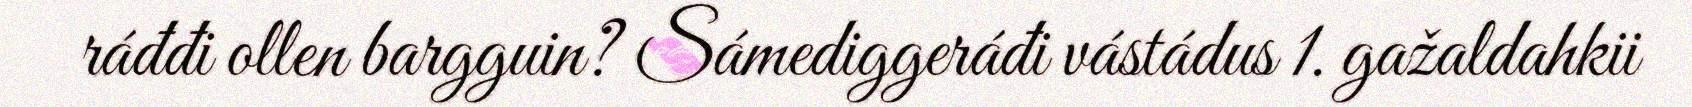
ráđđi ollen bargguin? Sámediggeráđi vástádus 1. gažaldahkii